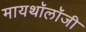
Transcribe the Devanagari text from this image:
मायथॉलॉजी